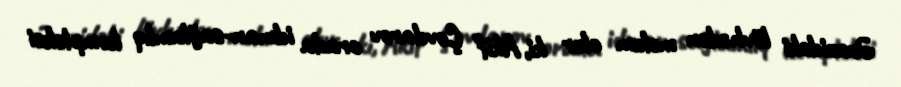
Ərazidəki lövhədən məlum olur ki, Akif Çovdarov orada idman-sağlamlıq kompleksi